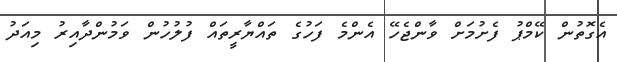
އެގޮތުން ކޭމްޕު ފެށުމަށް ވާންޖެހޭ އެންމެ ފަހުގެ ތައްޔާރީތައް ފުލުހުން ވަމުންދާއިރު މިއަދު